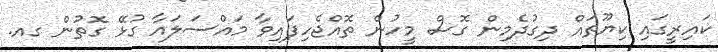
ކައިރީގައި ކިޔޫތައް ދިގުދެމިން ގޮސް މީހުން ތޮއްޖެހިފައިވާ މައްސަލައާ ގުޅޭ ގޮތުން ގއ.